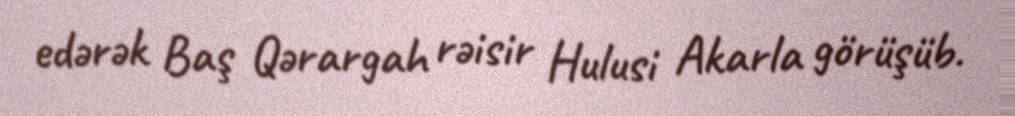
edərək Baş Qərargah rəisir Hulusi Akarla görüşüb.